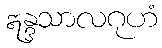
ဣန္ဒသာလဂုဟံ